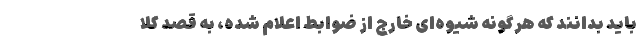
باید بدانند که هرگونه شیوه‌ای خارج از ضوابط اعلام شده، به قصد کلا